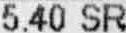
5.40 SR